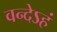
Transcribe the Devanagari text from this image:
वन्देऽहं